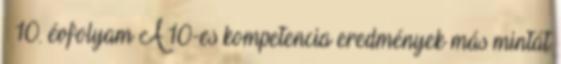
– 10. évfolyam A 10-es kompetencia eredmények más mintát